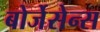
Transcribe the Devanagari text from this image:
बोर्जेसेन्स